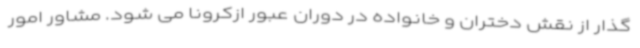
گذار از نقش دختران و خانواده در دوران عبور ازکرونا می شود. مشاور امور